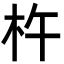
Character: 杵